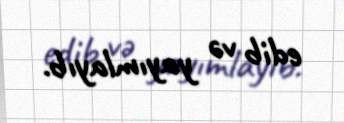
edib və yayımlayıb.